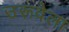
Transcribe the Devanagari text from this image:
उरूवेला